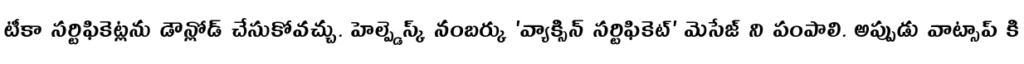
టీకా సర్టిఫికెట్లను డౌన్లోడ్ చేసుకోవచ్చు. హెల్ప్డెస్క్ నంబర్కు 'వ్యాక్సిన్ సర్టిఫికెట్' మెసేజ్ ని పంపాలి. అప్పుడు వాట్సాప్ కి